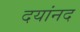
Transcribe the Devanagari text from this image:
दयांनद